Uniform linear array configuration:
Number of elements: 48
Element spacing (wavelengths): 0.75
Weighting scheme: hamming
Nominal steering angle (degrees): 30
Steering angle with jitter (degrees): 28.789
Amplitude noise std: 0.05
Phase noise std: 0.05

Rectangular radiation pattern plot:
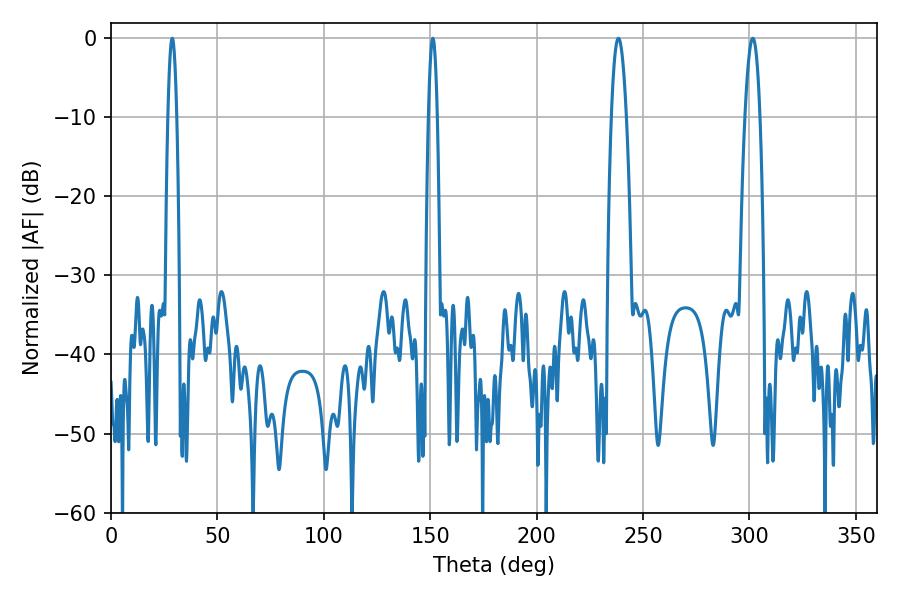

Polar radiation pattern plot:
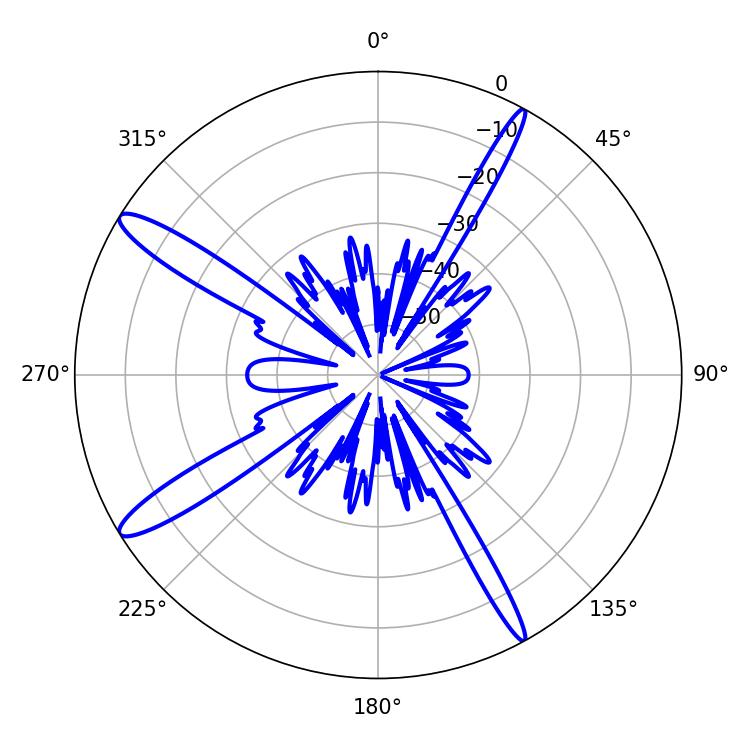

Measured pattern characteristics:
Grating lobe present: TRUE
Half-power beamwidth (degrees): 2.16
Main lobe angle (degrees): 28.8